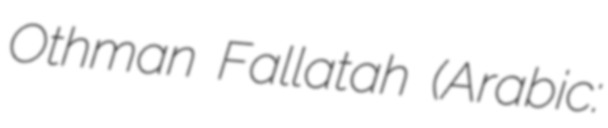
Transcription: Othman Fallatah (Arabic: